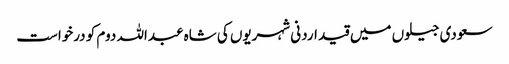
سعودی جیلوں میں قید اردنی شہریوں کی شاہ عبداللہ دوم کو درخواست